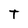
Character: T